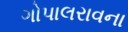
ગોપાલરાવના